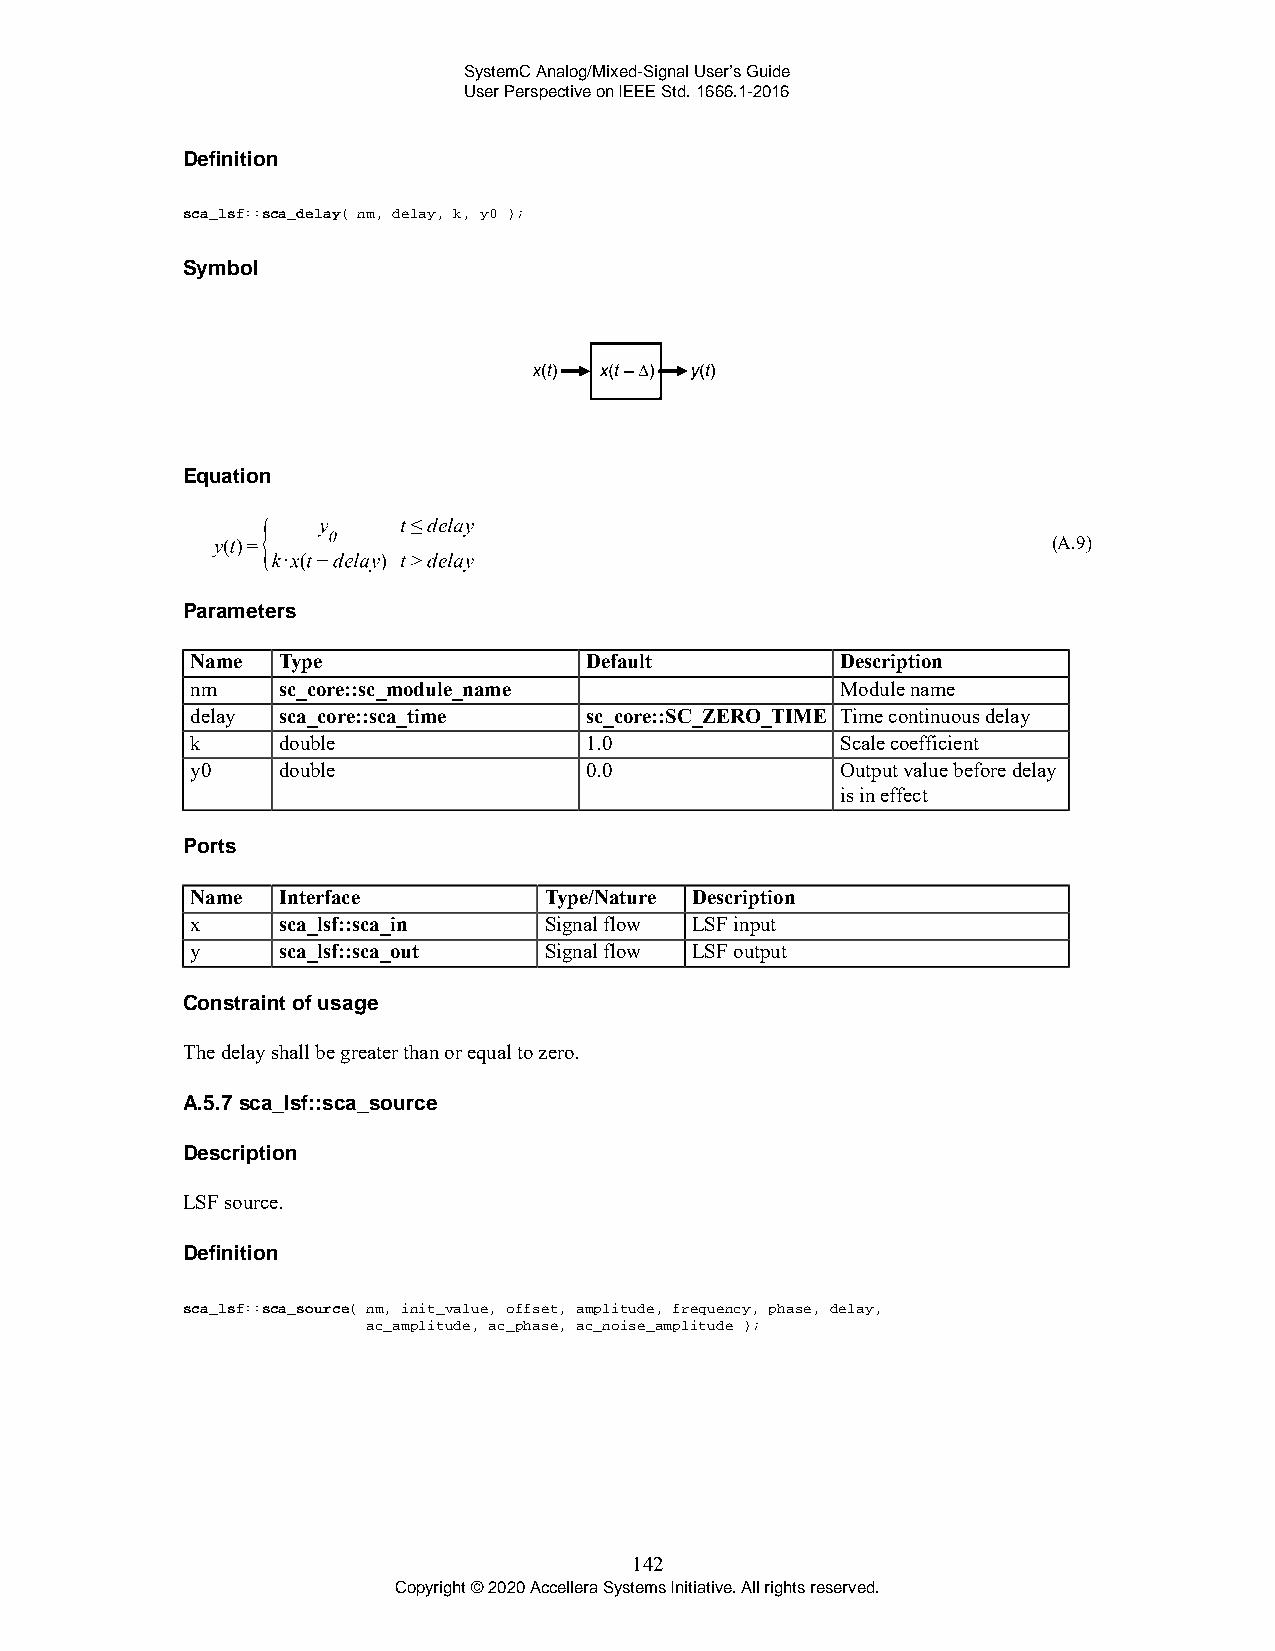
SystemC Analog/Mixed-Signal User’s Guide
 User Perspective on IEEE Std. 1666.1-2016
 Definition
 sca_lsf::sca_delay( nm, delay, k, y0 );
 Symbol
 Equation
 (A.9)
 Parameters
 Name Type                 Default          Description
 nm   sc_core::sc_module_name               Module name
 delay sca_core::sca_time  sc_core::SC_ZERO_TIME Time continuous delay
 k    double               1.0              Scale coefficient
 y0   double               0.0              Output value before delay
 is in effect
 Ports
 Name Interface         Type/Nature Description
 x    sca_lsf::sca_in   Signal flow LSF input
 y    sca_lsf::sca_out  Signal flow LSF output
 Constraint of usage
 The delay shall be greater than or equal to zero.
 A.5.7 sca_lsf::sca_source
 Description
 LSF source.
 Definition
 sca_lsf::sca_source( nm, init_value, offset, amplitude, frequency, phase, delay,
 ac_amplitude, ac_phase, ac_noise_amplitude );
 142
 Copyright © 2020 Accellera Systems Initiative. All rights reserved.